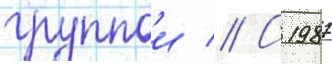
группои // С 1987